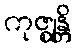
ကုဇ္ဈန္တိ